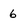
Character: 6